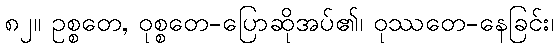
၈၂။ ဥစ္စတေ, ဝုစ္စတေ-ပြောဆိုအပ်၏၊ ဝုဿတေ-နေခြင်း၊